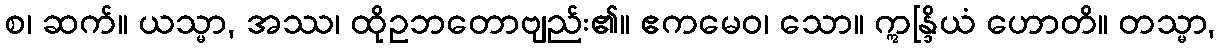
စ၊ ဆက်။ ယသ္မာ, အဿ၊ ထိုဥဘတောဗျည်း၏။ ဧကမေဝ၊ သော။ ဣန္ဒြိယံ ဟောတိ။ တသ္မာ,